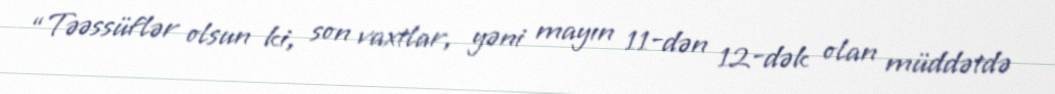
“Təəssüflər olsun ki, son vaxtlar, yəni mayın 11-dən 12-dək olan müddətdə